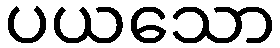
ပယသော